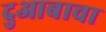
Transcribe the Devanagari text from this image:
दुआबाचा